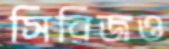
সিরিজও